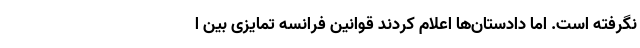
نگرفته است. اما دادستان‌ها اعلام کردند قوانین فرانسه تمایزی بین ا